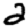
Digit: 2